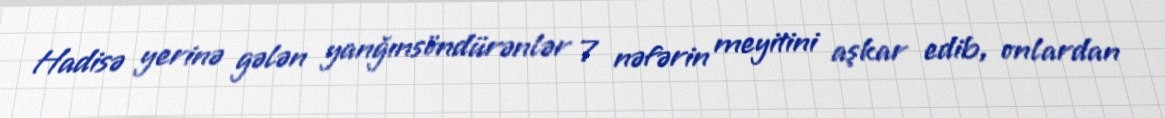
Hadisə yerinə gələn yanğınsöndürənlər 7 nəfərin meyitini aşkar edib, onlardan